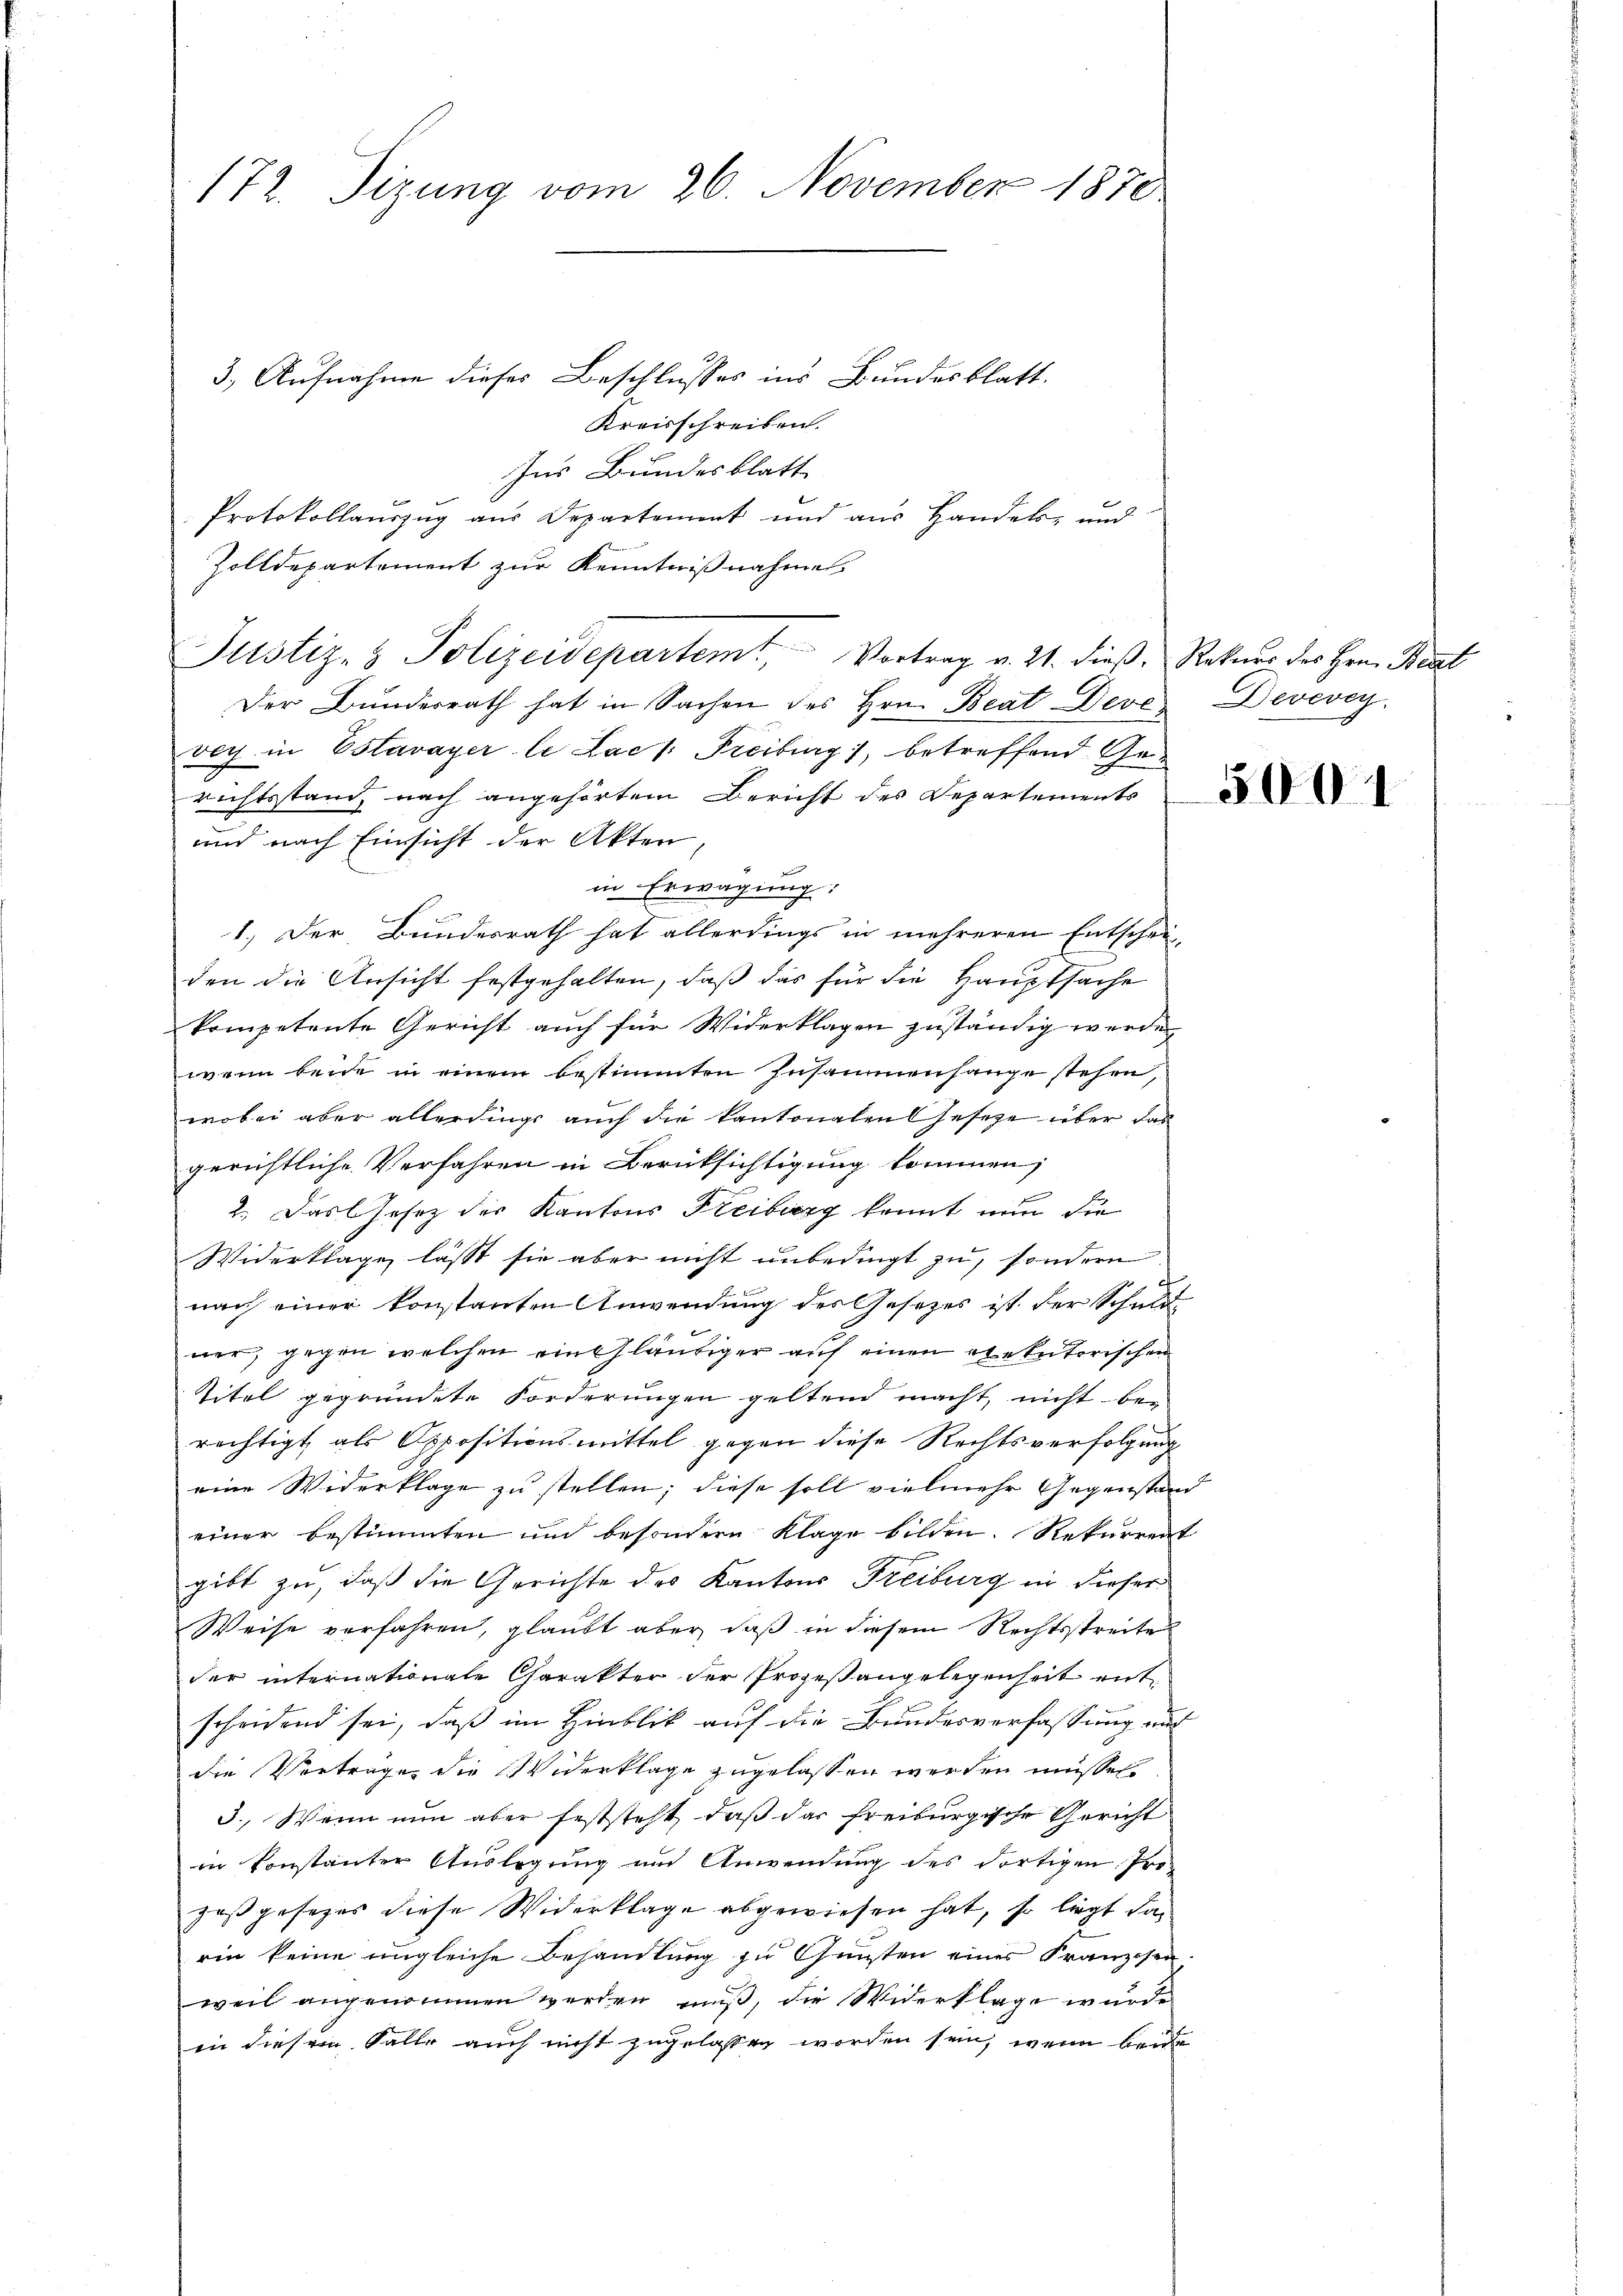
172. Sizung vom 26. November 1870

3.) Aufnahme dieses Beschlusses ins Bundesblatt.
Kreisschreiben.
Ins Bundesblatt
Protokollauszug aus Departement und aus Handels- und
Zolldepartement zur Kenntnißnahme
Der Bundesrath hat in Sachen des Hrn. Beat-Deve Devevey
voy in Estavayer li Lack Freibung), betreffend Gerichtsstand, nach angehörtem Bericht des Departements
und nach Einsicht der Akten,
in Erwägung:
1.) Der Bundesrath hat allerdings in mehreren Entschei-
den die Ansicht festgehalten, daß das für die Hauptsache
kompetente Gericht auch für Widerklagen zuständig werden
wenn beide in einem bestimmten Zusammensange stehen,
wobei aber allerdings auch die kantonalen Gesetze über das
gerichtliche Verfahren in Berücksichtigung kommen;
2. Das Jesez der Kantons Freiburg konnt nun die
Widerklage, lässt sie aber nicht unbedingt zu, sondern
nach einer konstanten Anwendung des Gesetzes ist der Schuld
ner, gegen welchen ein Gläubiger auf einen exekutorischen
Titel gegründete Forderungen geltend macht, nicht be-
rechtigt als Oppositionsmittel gegen diese Rechtsverfolgung
eine Widerklage zu stellen; diese soll vielmehr Gegenstand
einer bestimmten und besondern Klage bilden. Rekurrent
gibt zu, daß die Gerichte des Kantons Freiburg in dieser
Weise verfahren, glaubt aber daß in diesem Rechtsstreite
der internationale Charakter der Prozeßangelegenheit entscheidend sei, daß im Hinblick auf die Bundesverfassung auf
die Vorträge die Widerklage zugelassen werden müssen.
3. Wenn nun aber feststeht, daß das freiburgische Gericht
in konstanter Auslegung und Anwendung des dortigen Pro-
zeßgesezes diese Widerklage abgewiesen hat, so liegt darin keine ungleiche Behandlung zu Gunsten einer Franzosen,
weil angenommen werden muß, die Widerklage wurde
in diesem Falle auch nicht zugelassen worden sein, wenn bei

Justiz- & Polizeidepartemt Vortrag v. 21. dieß, Rekurs des Hrn. Bent

5001